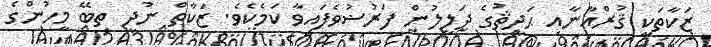
ޒަކާތަކީ ޤުރްއާނާއި ޙަދީޘުގެ ދަލީލުން ފަރުޟުވެފައިވާ ކަމެކެވެ. ޒަކާތް ނުދީ ތިބޭ މީހުންގެ